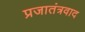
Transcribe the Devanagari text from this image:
प्रजातंत्रवाद